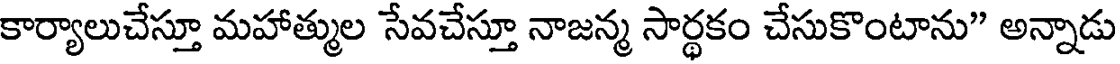
కార్యాలుచేస్తూ మహాత్ముల సేవచేస్తూ నాజన్మ సార్థకం చేసుకొంటాను" అన్నాడు